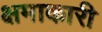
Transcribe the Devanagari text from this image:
क्षमाकारी